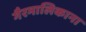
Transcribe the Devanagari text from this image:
गैरमालिकाना